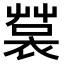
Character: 𧛬